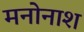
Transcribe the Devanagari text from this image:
मनोनाश